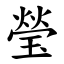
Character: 瑩